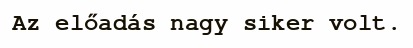
Az előadás nagy siker volt.